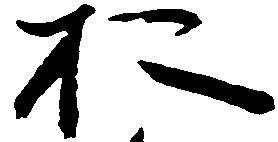
於